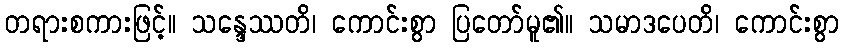
တရားစကားဖြင့်။ သန္ဒေဿတိ၊ ကောင်းစွာ ပြတော်မူ၏။ သမာဒပေတိ၊ ကောင်းစွာ